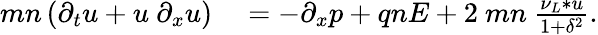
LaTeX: \begin{array}{rl}{mn\left(\partial_{t}u+u~\partial_{x}u\right)}&{{}=-\partial_{x}p+qnE+2~mn~\frac{\nu_{L}*u}{1+\delta^{2}}.}\end{array}